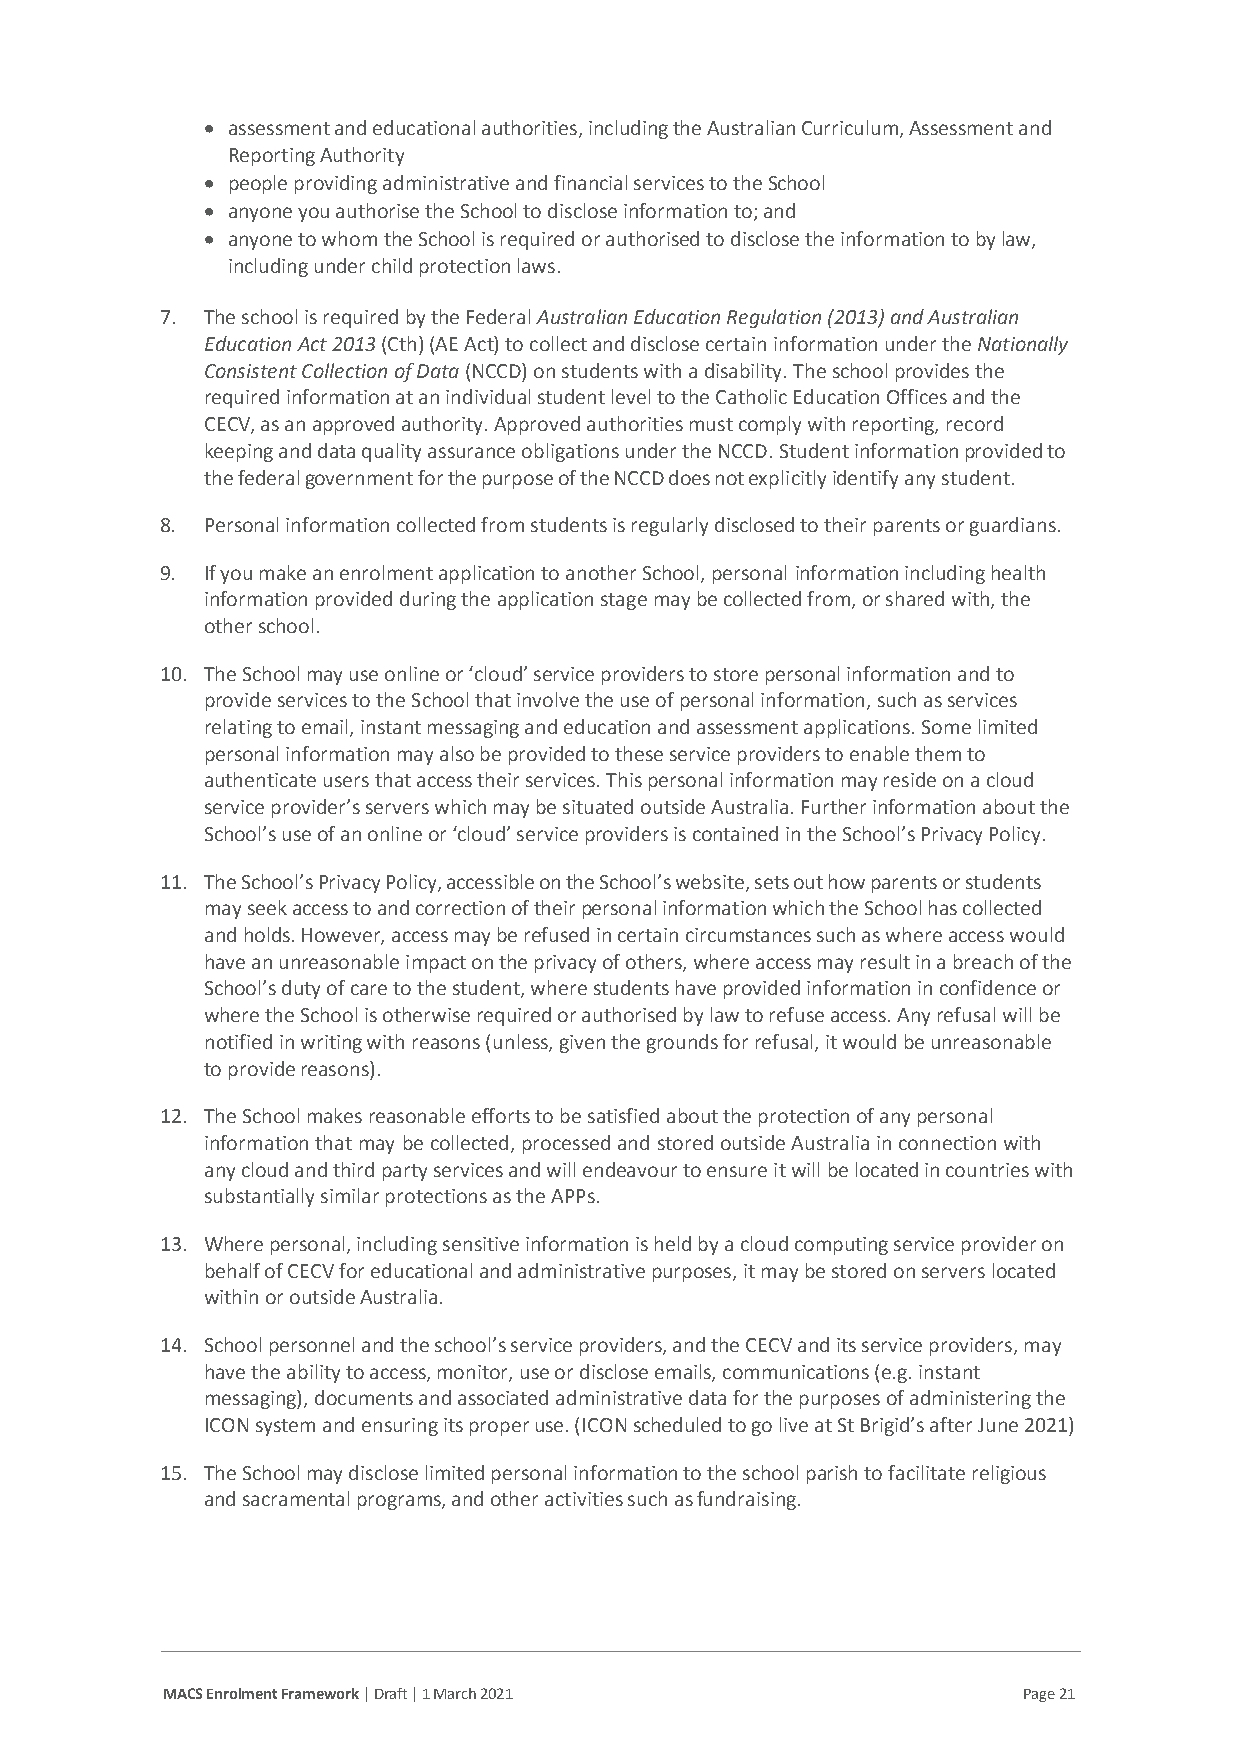
• assessment and educational authorities, including the Australian Curriculum, Assessment and
 Reporting Authority
 • people providing administrative and financial services to the School
 • anyone you authorise the School to disclose information to; and
 • anyone to whom the School is required or authorised to disclose the information to by law,
 including under child protection laws.
 7. The school is required by the Federal Australian Education Regulation (2013) and Australian
 Education Act 2013 (Cth) (AE Act) to collect and disclose certain information under the Nationally
 Consistent Collection of Data (NCCD) on students with a disability. The school provides the
 required information at an individual student level to the Catholic Education Offices and the
 CECV, as an approved authority. Approved authorities must comply with reporting, record
 keeping and data quality assurance obligations under the NCCD. Student information provided to
 the federal government for the purpose of the NCCD does not explicitly identify any student.
 8. Personal information collected from students is regularly disclosed to their parents or guardians.
 9. If you make an enrolment application to another School, personal information including health
 information provided during the application stage may be collected from, or shared with, the
 other school.
 10. The School may use online or ‘cloud’ service providers to store personal information and to
 provide services to the School that involve the use of personal information, such as services
 relating to email, instant messaging and education and assessment applications. Some limited
 personal information may also be provided to these service providers to enable them to
 authenticate users that access their services. This personal information may reside on a cloud
 service provider’s servers which may be situated outside Australia. Further information about the
 School’s use of an online or ‘cloud’ service providers is contained in the School’s Privacy Policy.
 11. The School’s Privacy Policy, accessible on the School’s website, sets out how parents or students
 may seek access to and correction of their personal information which the School has collected
 and holds. However, access may be refused in certain circumstances such as where access would
 have an unreasonable impact on the privacy of others, where access may result in a breach of the
 School’s duty of care to the student, where students have provided information in confidence or
 where the School is otherwise required or authorised by law to refuse access. Any refusal will be
 notified in writing with reasons (unless, given the grounds for refusal, it would be unreasonable
 to provide reasons).
 12. The School makes reasonable efforts to be satisfied about the protection of any personal
 information that may be collected, processed and stored outside Australia in connection with
 any cloud and third party services and will endeavour to ensure it will be located in countries with
 substantially similar protections as the APPs.
 13. Where personal, including sensitive information is held by a cloud computing service provider on
 behalf of CECV for educational and administrative purposes, it may be stored on servers located
 within or outside Australia.
 14. School personnel and the school’s service providers, and the CECV and its service providers, may
 have the ability to access, monitor, use or disclose emails, communications (e.g. instant
 messaging), documents and associated administrative data for the purposes of administering the
 ICON system and ensuring its proper use. (ICON scheduled to go live at St Brigid’s after June 2021)
 15. The School may disclose limited personal information to the school parish to facilitate religious
 and sacramental programs, and other activities such as fundraising.
 MACS Enrolment Framework | Draft | 1 March 2021          Page 21